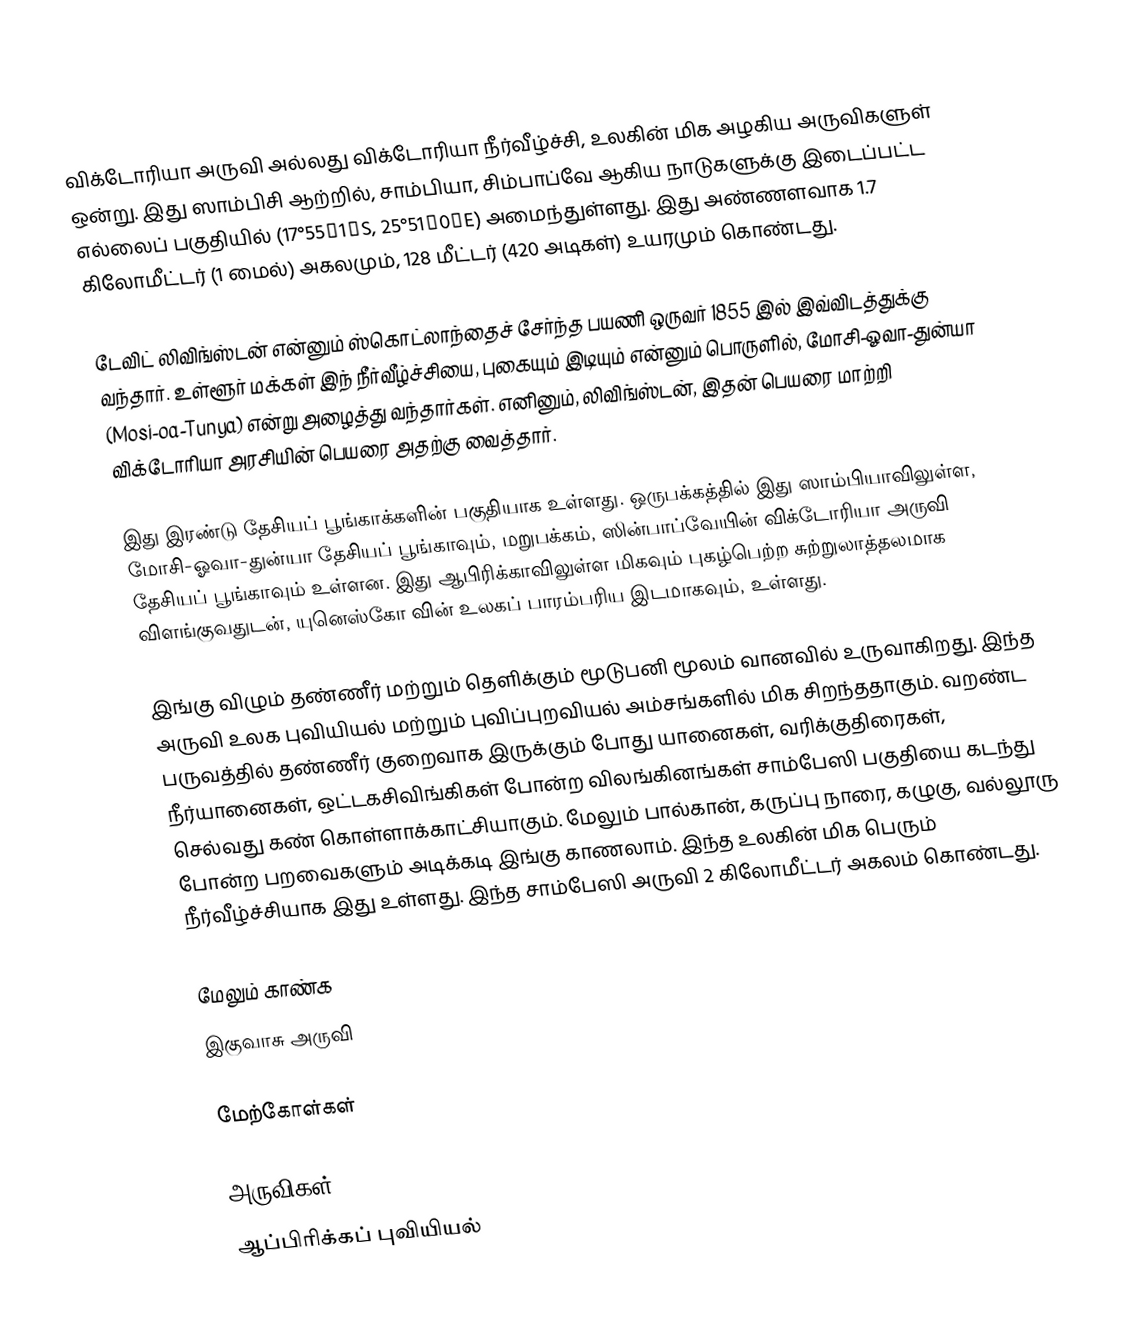
விக்டோரியா அருவி அல்லது விக்டோரியா நீர்வீழ்ச்சி, உலகின் மிக அழகிய அருவிகளுள் ஒன்று. இது ஸாம்பிசி ஆற்றில், சாம்பியா, சிம்பாப்வே ஆகிய நாடுகளுக்கு இடைப்பட்ட எல்லைப் பகுதியில் (17°55′1″S, 25°51′0″E) அமைந்துள்ளது. இது அண்ணளவாக 1.7 கிலோமீட்டர் (1 மைல்) அகலமும், 128 மீட்டர் (420 அடிகள்) உயரமும் கொண்டது.

டேவிட் லிவிங்ஸ்டன் என்னும் ஸ்கொட்லாந்தைச் சேர்ந்த பயணி ஒருவர் 1855 இல் இவ்விடத்துக்கு வந்தார். உள்ளூர் மக்கள் இந் நீர்வீழ்ச்சியை, புகையும் இடியும் என்னும் பொருளில், மோசி-ஓவா-துன்யா (Mosi-oa-Tunya) என்று அழைத்து வந்தார்கள். எனினும், லிவிங்ஸ்டன், இதன் பெயரை மாற்றி விக்டோரியா அரசியின் பெயரை அதற்கு வைத்தார்.

இது இரண்டு தேசியப் பூங்காக்களின் பகுதியாக உள்ளது. ஒருபக்கத்தில் இது ஸாம்பியாவிலுள்ள, மோசி-ஓவா-துன்யா தேசியப் பூங்காவும், மறுபக்கம், ஸின்பாப்வேயின் விக்டோரியா அருவி தேசியப் பூங்காவும் உள்ளன. இது ஆபிரிக்காவிலுள்ள மிகவும் புகழ்பெற்ற சுற்றுலாத்தலமாக விளங்குவதுடன், யுனெஸ்கோ வின் உலகப் பாரம்பரிய இடமாகவும், உள்ளது.

இங்கு விழும் தண்ணீர் மற்றும் தெளிக்கும் மூடுபனி மூலம் வானவில் உருவாகிறது. இந்த அருவி உலக புவியியல் மற்றும் புவிப்புறவியல் அம்சங்களில் மிக சிறந்ததாகும். வறண்ட பருவத்தில் தண்ணீர் குறைவாக இருக்கும் போது யானைகள், வரிக்குதிரைகள், நீர்யானைகள், ஒட்டகசிவிங்கிகள் போன்ற விலங்கினங்கள் சாம்பேஸி பகுதியை கடந்து செல்வது கண் கொள்ளாக்காட்சியாகும். மேலும் பால்கான், கருப்பு நாரை, கழுகு, வல்லூரு போன்ற பறவைகளும் அடிக்கடி இங்கு காணலாம். இந்த உலகின் மிக பெரும் நீர்வீழ்ச்சியாக இது உள்ளது. இந்த சாம்பேஸி அருவி 2 கிலோமீட்டர் அகலம் கொண்டது.

மேலும் காண்க
 இகுவாசு அருவி

மேற்கோள்கள்

அருவிகள்
ஆப்பிரிக்கப் புவியியல்